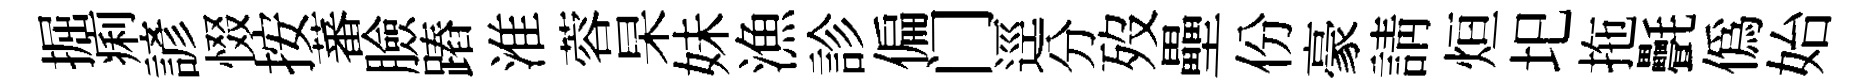
掘痢諺惙按蕃臉蹖淮蓉杲妹漁診偏门逕分歿壘份豪請烜圯拖㲲僞始